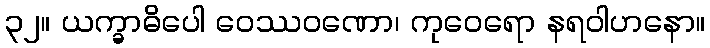
၃၂။ ယက္ခာဓိပေါ ဝေဿဝဏော၊ ကုဝေရော နရဝါဟနော။